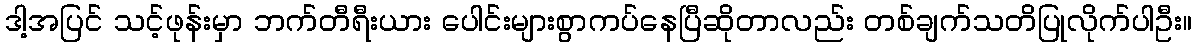
ဒါ့အပြင် သင့်ဖုန်းမှာ ဘက်တီရီးယား ပေါင်းများစွာကပ်နေပြီဆိုတာလည်း တစ်ချက်သတိပြုလိုက်ပါဦး။